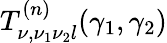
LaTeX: T_{\nu,\nu_{1}\nu_{2}l}^{(n)}(\gamma_{1},\gamma_{2})